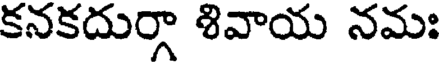
కనకదుర్గా శివాయ నమః